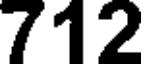
712